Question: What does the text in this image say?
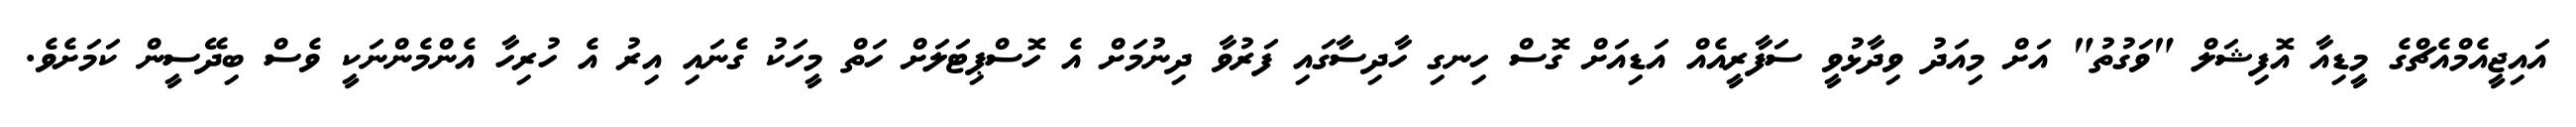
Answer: އައިޖީއެމްއެޗްގެ މީޑިއާ އޮފިޝަލް "ވަގުތު" އަށް މިއަދު ވިދާޅުވީ ސަފާރީއެއް އަޑިއަށް ގޮސް ހިނގި ހާދިސާގައި ފަރުވާ ދިނުމަށް އެ ހޮސްޕިޓަލަށް ހަތް މީހަކު ގެނައި އިރު އެ ހުރިހާ އެންމެންނަކީ ވެސް ބިދޭސީން ކަމަށެވެ.